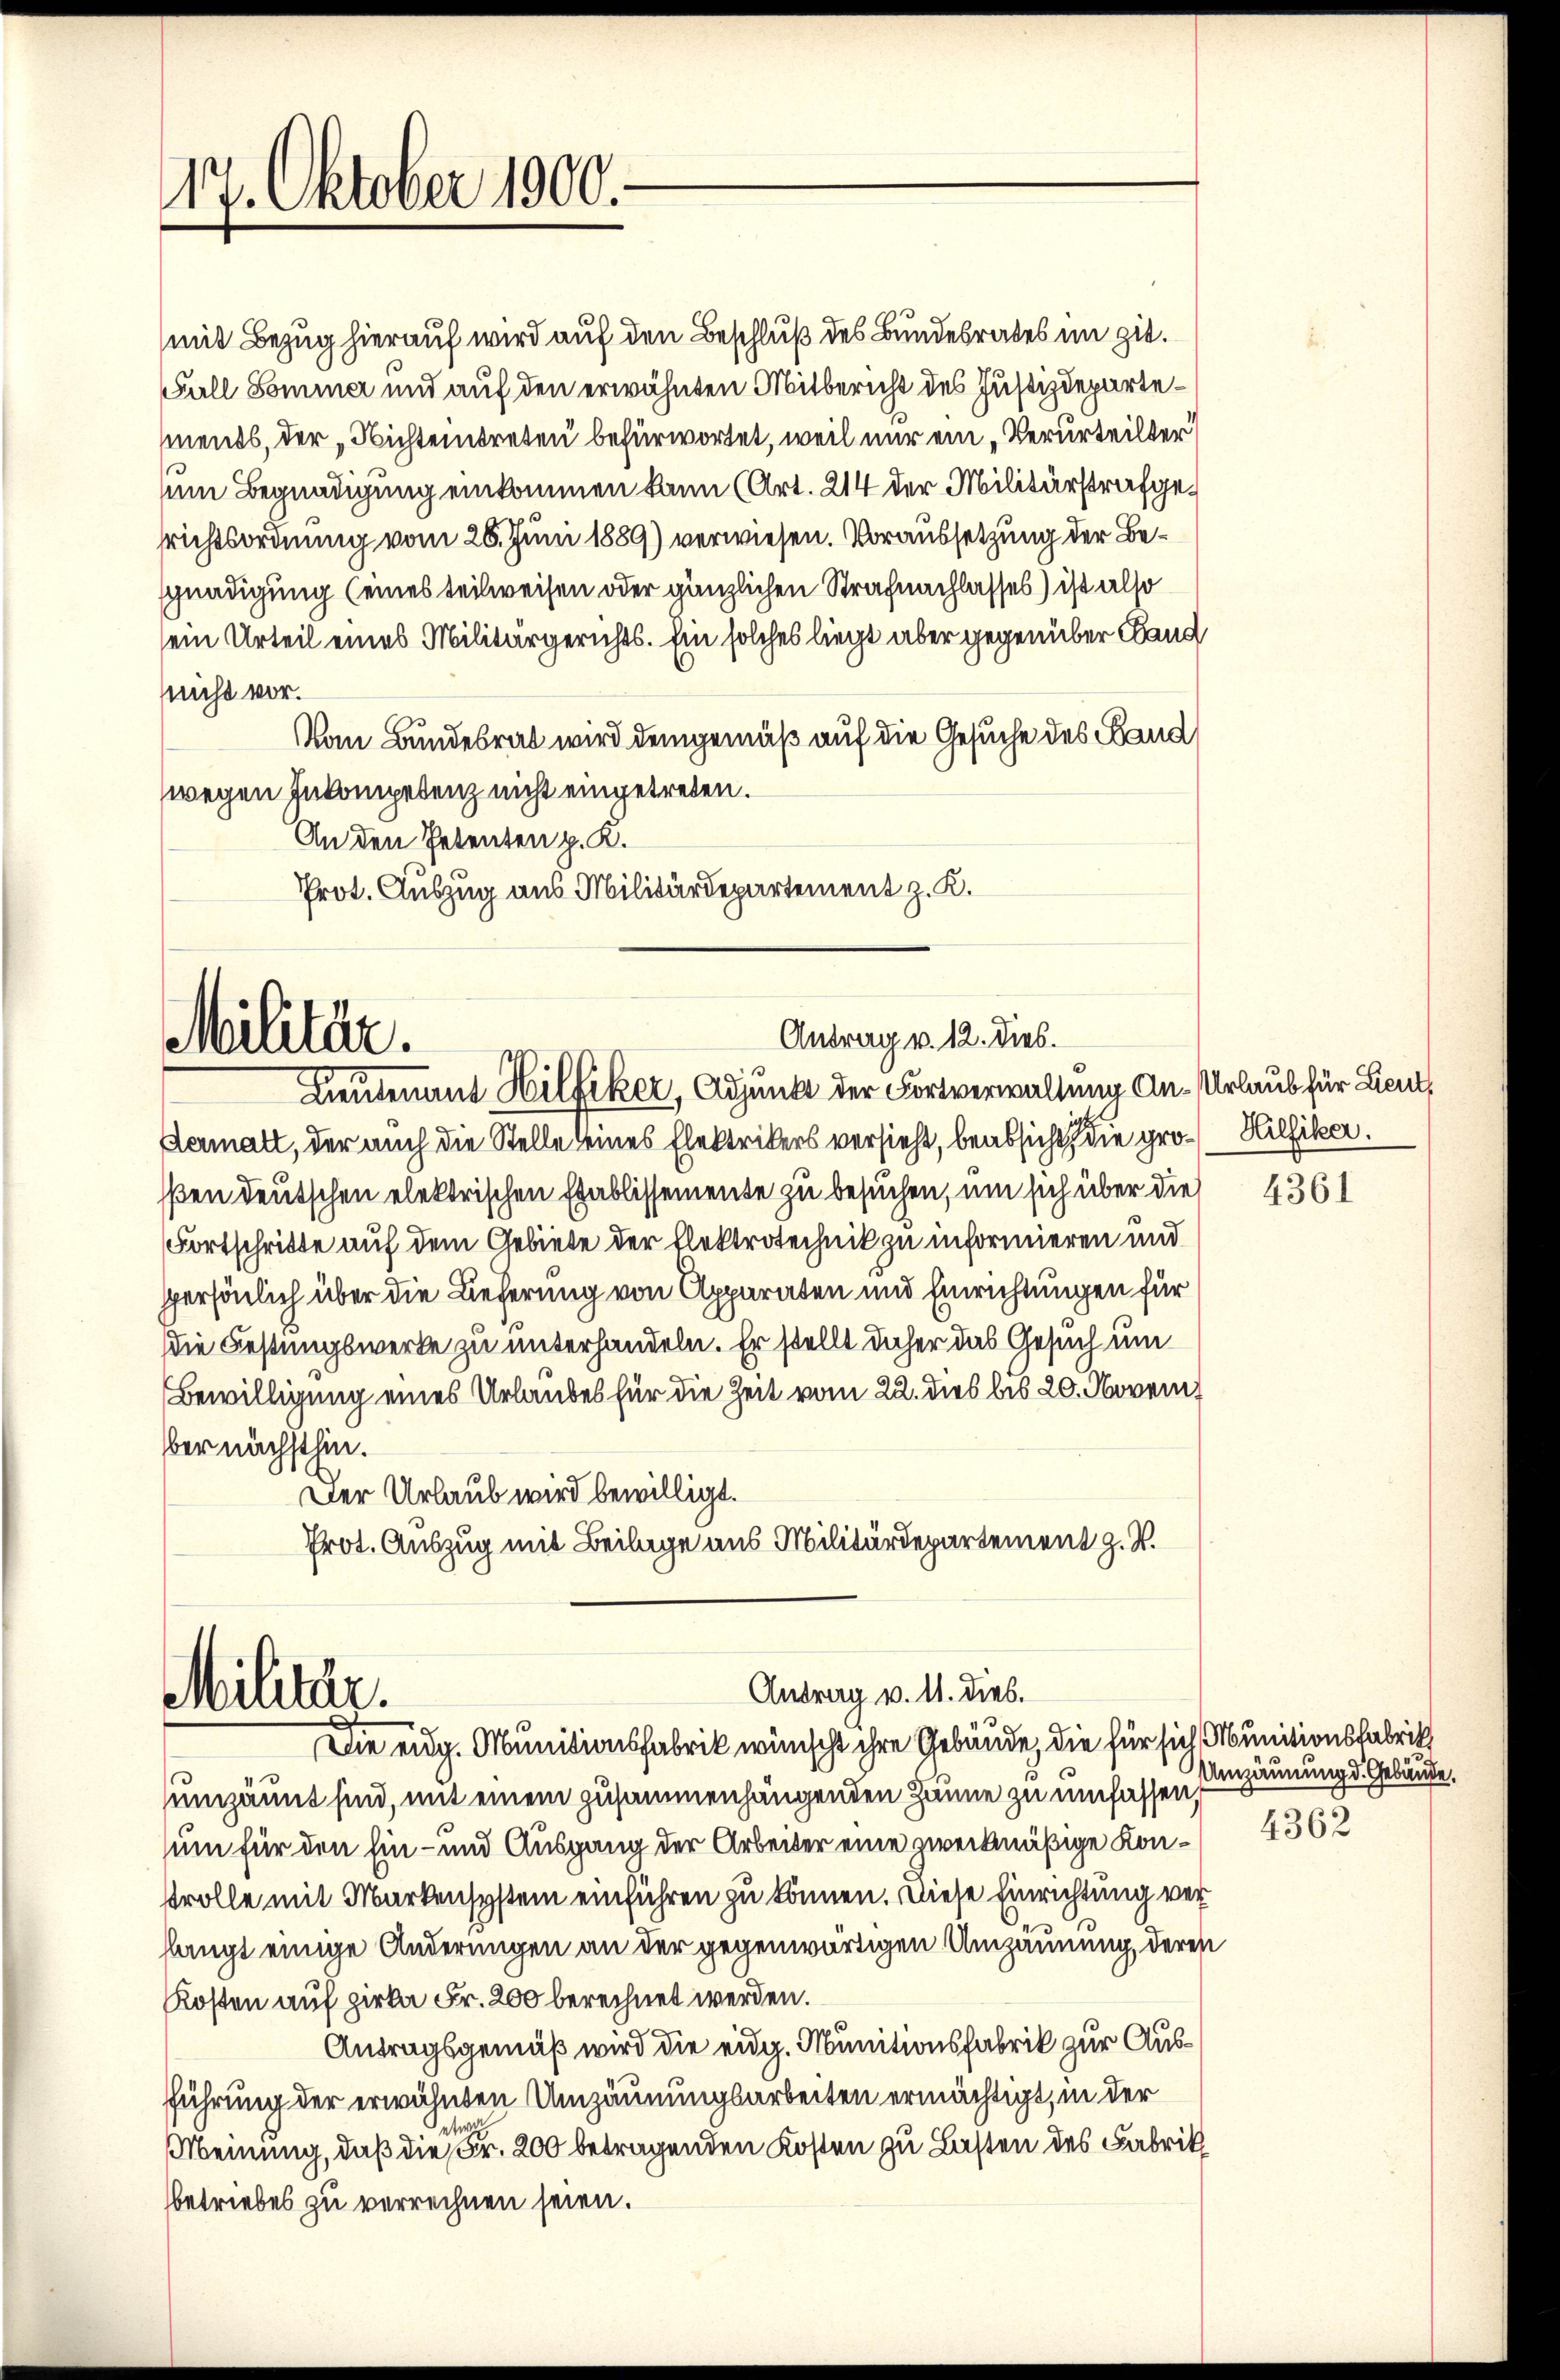
17. Oktober 1900.

mit Bezug hierauf wird auf den Beschluß des Bundesrates im zit.
Fall Sommer und auf den erwähnten Mitbericht des Justizdepartements, der „Nichteintreten befürwortet, weil nur ein „Verurteilter
sm Begnadigung einkommen kann (Art. 214 der Militärstrafgerichtsordnung vom 28. Juni 1889) verwiesen. Voraussetzung der Besgnadigung (eines teilweisen oder gänzlichen Strafnachlasses) ist also
sein Urteil eines Militärgerichts. Ein solches liegt aber gegenüber Land
nicht vor.
Vom Bundesrat wird demgemäß auf die Gesuche des Band
(wegen Inkompetenz nicht eingetreten.
An den Petenten p. K.
Prot. Auszug aus Militärdepartement z. K.

Antrag v. 12. Dieb.
Militär.
Lieutenant Hilfiker, Adjunkt der Fortverwaltung An-Urlaub für Lieut

Dermatt, der auch die Stelle seines Elektrikers versieht, beabsicht die gro¬ Hilfiker.
ßen deutschen elektrischen Etablissemente zu besuchen, um sich über die
Fortschritte auf dem Gebiete der Flektrotechnik zu informieren und
ppersönlich über die Lieferung von Apparaten und Einrichtungen für
die Festungswerke zu unterhandeln. Er stellt daher das Gesuch um
Bewilligung eines Urlaubes für die Zeit vom 22. dies bis 20. November nächsthin.
Der Urlaub wird bewilligt.
Prot. Auszug mit Beilage aus Militärdepartement z. B.

Antrag v. 11. dies.
Militär.
Die eig. Munitionsfabrik wünscht ihre Gebäude, die für sich Munitionsfabrich

sumzäunt sind, mit einem zusammenhängenden Zäune zu umfassen,
sum für den Ein- und Ausgang der Arbeiter eine zweckmäßige Kontrolle mit Markensystem einführen zu können. Diese Einrichtung verlangt einige Änderungen an der gegenwärtigen Umzäunung, deres
Kosten auf pirka Fr. 200 berechnet werden.
Antragsgemäß wird die eidg. Munitionsfabrik zur Ausführung der erwähnten Umzäunungsarbeiten ermächtigt, in der
Meinung, daß die Fr. 200 betragenden Kosten zu Lasten des Fabrik
betriebes zu verrechnen seien.

4361

Umzäunung d. Gebäude.
4362